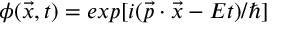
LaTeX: \phi ( \vec { x } , t ) = e x p [ i ( \vec { p } \cdot \vec { x } - E t ) / \hbar ]